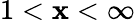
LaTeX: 1<\mathbf{x}<\infty